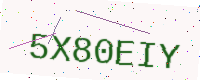
Text: 5X80EIY